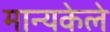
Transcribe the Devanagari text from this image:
मान्यकेले